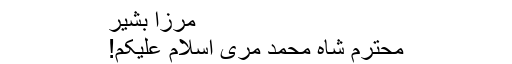
مرزا بشیر
محترم شاہ محمد مری اسلام علیکم!